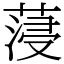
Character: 蓡